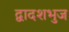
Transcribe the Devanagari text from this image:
द्वादशभुज